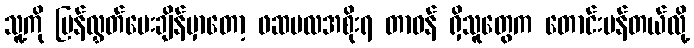
သူ့ကို ပြန်လွှတ်ပေးချိန်မှာတော့ ဖဆပလအစိုးရ တာဝန် ရှိသူတွေက တောင်းပန်တယ်လို့